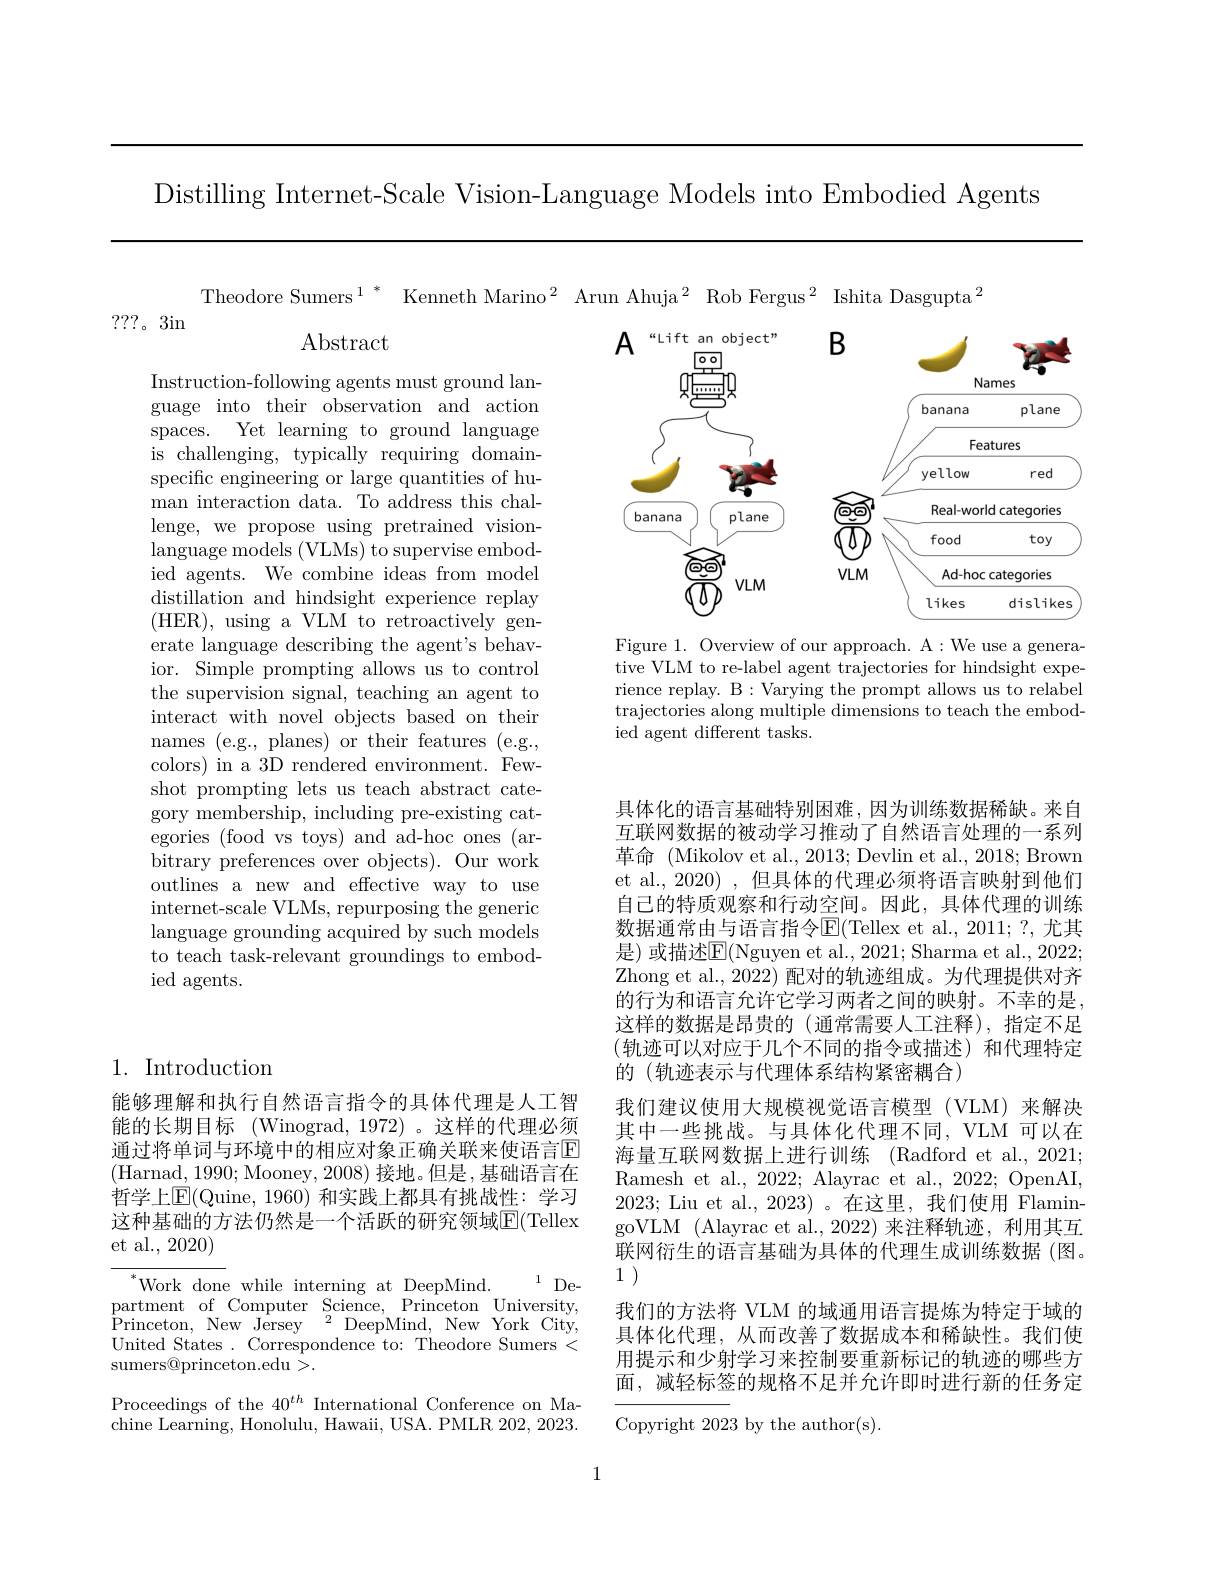
Distilling Internet-Scale Vision-Language Models into Embodied Agents

Theodore Sumers$^{1}^{*}$

???。3in

Abstract

Instruction-following agents must ground language into their observation and action spaces. Yet learning to ground language is challenging, typically requiring domainspecific engineering or large quantities of human interaction data. To address this challenge, we propose using pretrained vision- $languagemodels(VLMs)$to supervise embodied agents. We combine ideas from model distillation and hindsight experience replay (HER),using aVLM to retroactively generate language describing the agent's behavior. Simple prompting allows us to control the supervision signal, teaching an agent to interact with novel objects based on their names (e.g., planes) or their features (e.g., colors) in a 3D rendered environment. Fewshot prompting lets us teach abstract category membership, including pre-existing categories (food vs toys) and ad-hoc ones (arbitrary preferences over objects). Our work outlines a new and effective way to use internet-scale VLMs, repurposing the generic language grounding acquired by such models to teach task-relevant groundings to embodied agents.

Kenneth Marino$^2$ Arun Ahuja$^2$
<FigureHere>

Figure 1. Overview of our approach. A:We use a generative VLM to re-label agent trajectories for hindsight experience replay. B: Varying the prompt allows us to relabel trajectories along multiple dimensions to teach the embodied agent different tasks.

# 1. Introduction

能够理解和执行自然语言指令的具体代理是人工智能的长期目标 (Winograd,1972)。这样的代理必须通过将单词与环境中的相应对象正确关联来使语言$\overline{\mathrm{E}}$ (Harnad, 1990; Mooney, 2008) 接地。但是，基础语言在哲学上$\operatorname{E}($Quine, 1960) 和实践上都具有挑战性：学习这种基础的方法仍然是一个活跃的研究领域$\overline{\mathrm{E}}($Tellex et al., 2020)

1 De-
${}^{*}{\mathrm{Work~done~while~interning~at~DeepMind.}}$
partment of Computer Science, Princeton University,
${\overset{.}{\operatorname*{\operatorname*{Princeton,}}}}$New${\overset{.}{\operatorname*{\operatorname*{Jersey}}}}$
$^{2}$DeepMind,NewYorkCity,
United States . Correspondence to: Theodore Sumers <
sumers@princeton.edu>.
Proceedings of the $40^{th}$ International Conference on Ma- $\operatorname{chine}$ Learning, Honolulu, Hawaii, USA. PMLR 202, 2023.

具体化的语言基础特别困难，因为训练数据稀缺。来自互联网数据的被动学习推动了自然语言处理的一系列革命 (Mikolov et al., 2013; Devlin et al., 2018; Brown et al., 2020) ,但具体的代理必须将语言映射到他们自己的特质观察和行动空间。因此，具体代理的训练数据通常由与语言指令E(Tellex et al., 2011;?, 尤其是) 或描述$\overline{\mathrm{E}}($Nguyen et al., 2021; Sharma et al., 2022; Zhong et al., 2022) 配对的轨迹组成。为代理提供对齐的行为和语言允许它学习两者之间的映射。不幸的是， 这样的数据是昂贵的(通常需要人工注释),指定不足(轨迹可以对应于几个不同的指令或描述)和代理特定的 (轨迹表示与代理体系结构紧密耦合)
我们建议使用大规模视觉语言模型(VLM)来解决其中一些挑战。与具体化代理不同，VLM 可以在海量互联网数据上进行训练 (Radford et al., 2021; Ramesh et al., 2022; Alayrac et al., 2022; OpenAI, 2023; Liu et al., 2023)。在这里，我们使用 FlamingoVLM (Alayrac et al.,2022) 来注释轨迹，利用其互联网衍生的语言基础为具体的代理生成训练数据(图。1 )
我们的方法将 VLM 的域通用语言提炼为特定于域的具体化代理，从而改善了数据成本和稀缺性。我们使用提示和少射学习来控制要重新标记的轨迹的哪些方面，减轻标签的规格不足并允许即时进行新的任务定Copyright 2023 by the author(s).

1